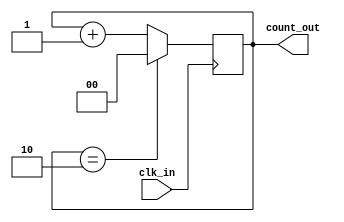
`timescale 1ns / 1ps
//////////////////////////////////////////////////////////////////////////////////
// Company: PUC
// 
// Design Name: signal counter
// Module Name: count_2
// Project Name: Digital Signal Generator
// Target Devices: Basys 3
// Tool Versions: 
// Description: counter to set wich channel should be listen to
// 
// Dependencies: 
// 
// Revision:
// Revision 0.01 - File Created
// Additional Comments: *CONVENCION DE ARREGLOS: [LARGO - 1:0]*
// 
//////////////////////////////////////////////////////////////////////////////////


module count_2(
    input wire clk_in,
    output[1:0] count_out
    );
    reg[1:0] count = 0;  // Variable auxiliar que lleva la cuenta
    always @(posedge clk_in)
        begin
        count <= (count == 2)? 0: count + 1; // Siempre que clk_in este en el flanco de subida se sube la cuanta hasta 2, luego reinicia la cuenta
        end
    assign count_out = count; // Asigna el valor del contador a la variable de salida
endmodule